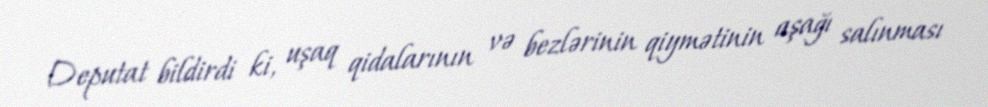
Deputat bildirdi ki, uşaq qidalarının və bezlərinin qiymətinin aşağı salınması